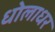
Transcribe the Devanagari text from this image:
धोलाधर